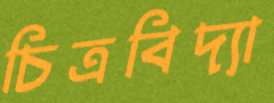
চিত্রবিদ্যা